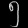
Digit: ၅